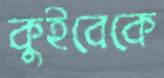
কুইবেকে